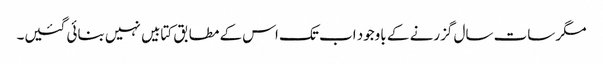
مگر سات سال گزرنے کے باوجود اب تک اس کے مطابق کتابیں نہیں بنائی گئیں۔